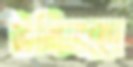
টনিনহো